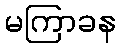
မကြာခန